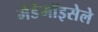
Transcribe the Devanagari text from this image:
मेडेमॉइसेले